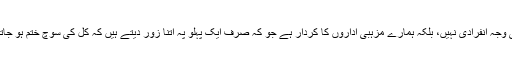
اس کی وجہ انفرادی نہیں، بلکہ ہمارے مزہبی اداروں کا کردار ہے جو کہ صرف ایک پہلو پہ اتنا زور دیتے ہیں کہ کل کی سوچ ختم ہو جاتی ہے۔